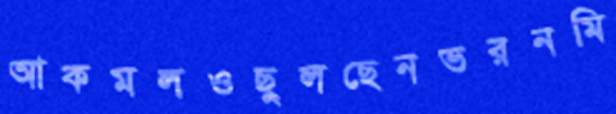
আকমলওছুলছেনভরনমি